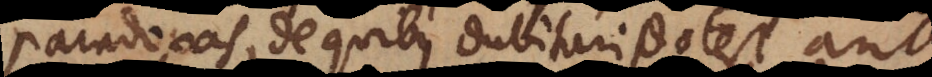
paradoxas, de quibus dubitari potest an